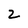
Character: Z